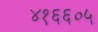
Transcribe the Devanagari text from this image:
४१६६०५